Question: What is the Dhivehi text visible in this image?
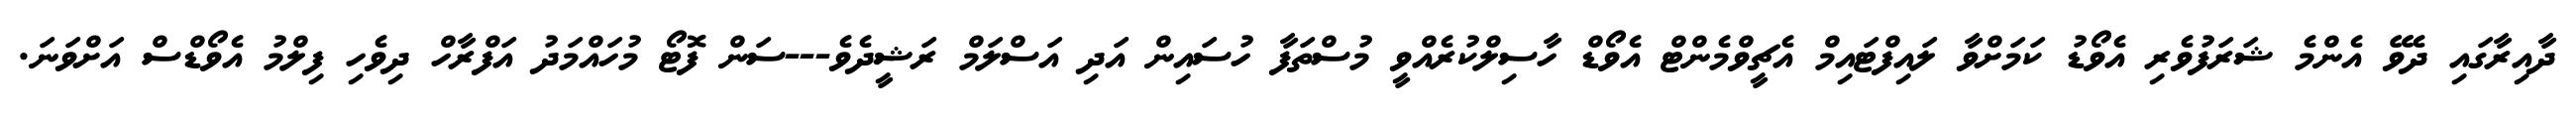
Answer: ދާއިރާގައި ދެވޭ އެންމެ ޝަރަފުވެރި އެވޯޑު ކަމަށްވާ ލައިފްޓައިމް އެޗީވްމެންޓް އެވޯޑް ހާސިލްކުރެއްވީ މުސްތަފާ ހުސައިން އަދި އަސްލަމް ރަޝީދެވެ---ސަން ފޮޓޯ މުހައްމަދު އަފްރާހް ދިވެހި ފިލްމު އެވޯޑްސް އަށްވަނަ.